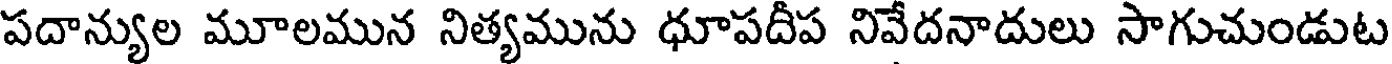
పదాన్యుల మూలమున నిత్యమును ధూపదిప నివేదనాదులు సాగుచుండుట